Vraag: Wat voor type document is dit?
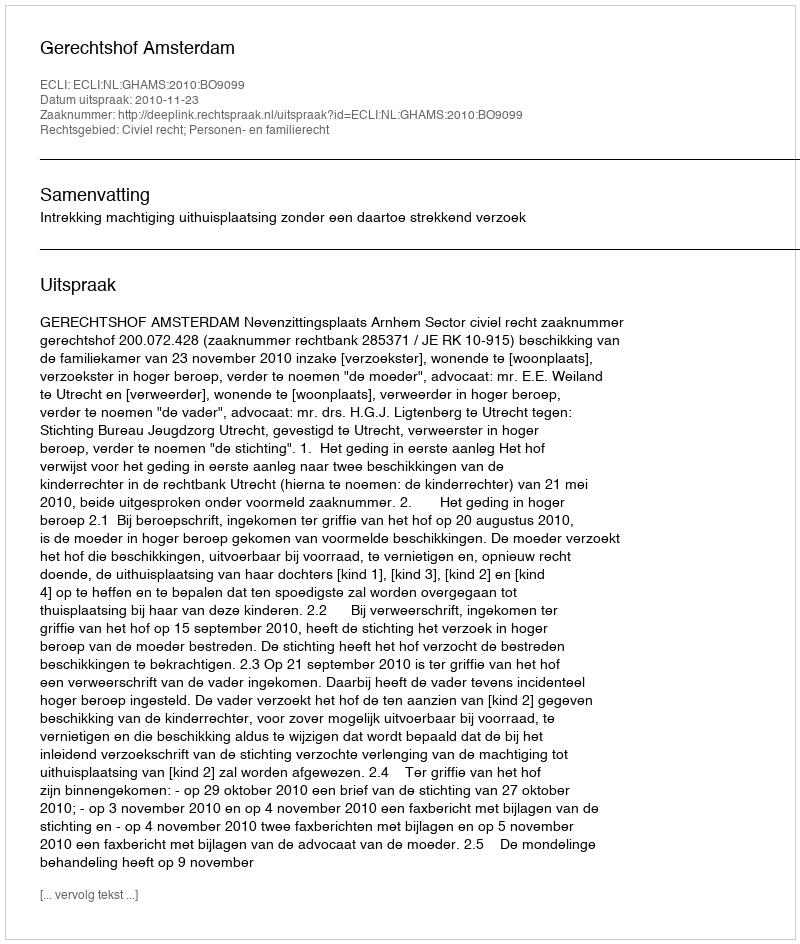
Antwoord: Uitspraak